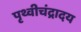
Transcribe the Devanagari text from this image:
पृथ्वीचंद्रादय